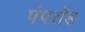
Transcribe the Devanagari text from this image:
पंपरॉड